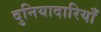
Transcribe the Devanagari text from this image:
दुनियादारियाँ